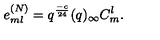
e _ { m l } ^ { ( N ) } = q ^ { \frac { - c } { 2 4 } } ( q ) _ { \infty } C _ { m } ^ { l } .